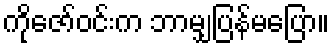
ကိုဇော်ဝင်းက ဘာမျှပြန်မပြော။